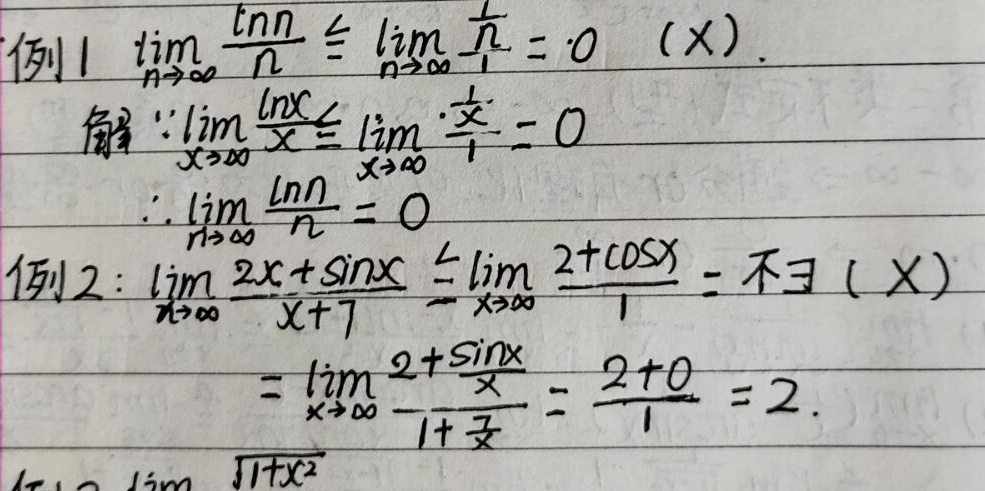
例1 \(\lim_{n \to \infty} \frac{\ln n}{n} \overset{?}{=} \lim_{n \to \infty} \frac{\frac{1}{n}}{1}=0 \ (\times)\).
解 \(\because\lim_{x \to \infty} \frac{\ln x}{x}\overset{?}{=} \lim_{x \to \infty} \frac{\frac{1}{x}}{1}=0\)
\(\therefore \lim_{n \to \infty} \frac{\ln n}{n} = 0\)
例2: \(\lim_{x \to \infty} \frac{2x+\sin x}{x + 1}\overset{?}{=}\lim_{x \to \infty} \frac{2+\cos x}{1}=不存在\ (\times)\)
\(=\lim_{x \to \infty} \frac{2+\frac{\sin x}{x}}{1+\frac{1}{x}}=\frac{2 + 0}{1}=2\).
\(\lim\sqrt{1 + x^{2}}\)